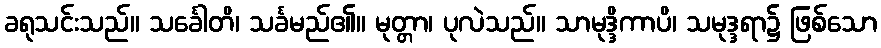
ခရုသင်းသည်။ သင်္ခေါတိ၊ သင်္ခမည်၏။ မုတ္တာ၊ ပုလဲသည်။ သာမုဒ္ဒိကာပိ၊ သမုဒ္ဒရာ၌ ဖြစ်သော